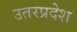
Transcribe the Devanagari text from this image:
उतरप्रदेश